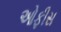
ઓફીસ